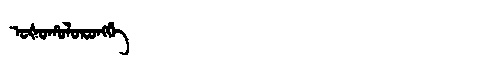
Manchu: ᠣᡧᠣᡥᠣᠯᠣᡵᠣᠩᡤᡝ
Romanization: OŠOHOLORONGGE